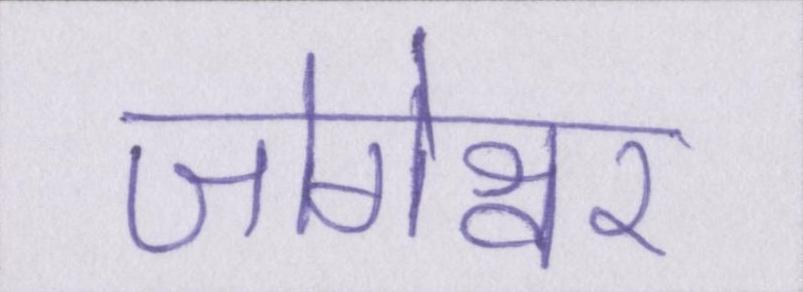
जोगेश्वर